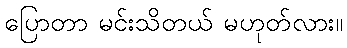
ပြောတာ မင်းသိတယ် မဟုတ်လား။